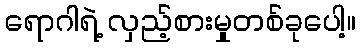
ရောဂါရဲ့ လှည့်စားမှုတစ်ခုပေါ့။